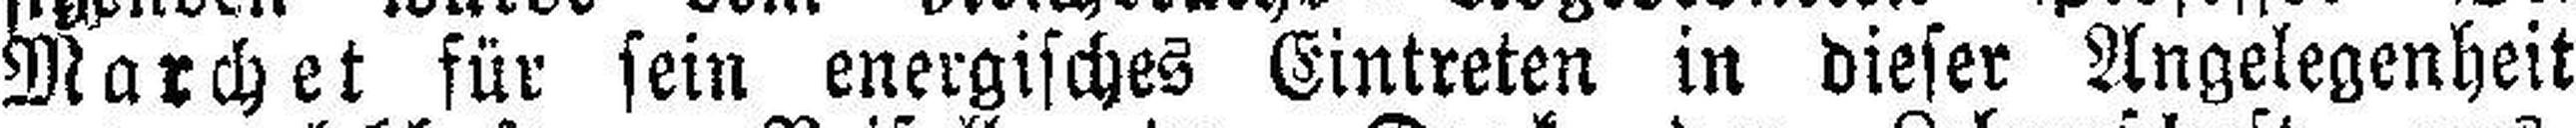
Marchet für sein energisches Eintreten in dieser Angelegenheit